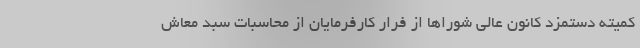
کمیته دستمزد کانون عالی شوراها از فرار کارفرمایان از محاسبات سبد معاش